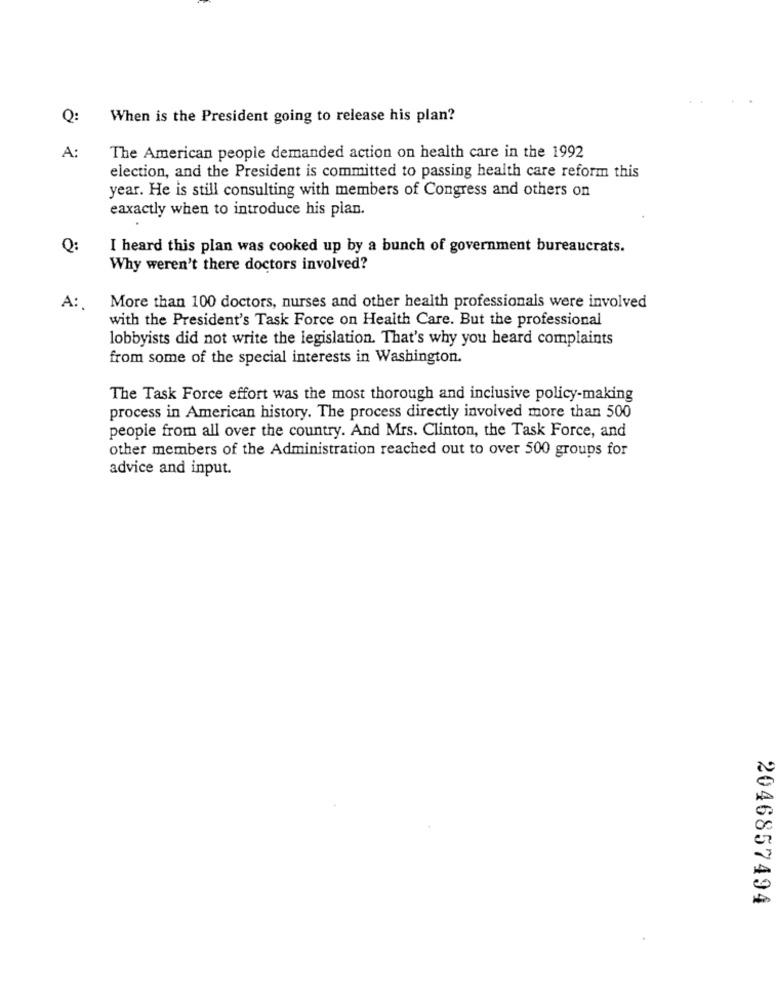
Q:
When is the President going to release his plan?
A:
The American people demanded action on health care in the 1992
election, and the President is committed to passing health care reform this
year. He is still consulting with members of Congress and others on
eaxactly when to introduce his plan.
Q:
I heard this plan was cooked up by a bunch of government bureaucrats.
Why weren't there doctors involved?
A:
More than 100 doctors, nurses and other health professionals were involved
with the President's Task Force on Health Care. But the professional
lobbyists did not write the legislation. That's why you heard complaints
from some of the special interests in Washington.
The Task Force effort was the most thorough and inclusive policy-making
process in American history. The process directly involved more than 500
people from all over the country. And Mrs. Clinton, the Task Force, and
other members of the Administration reached out to over 500 groups for
advice and input.
2046857494